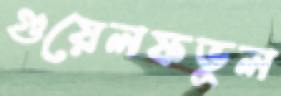
গুয়েলফভুল